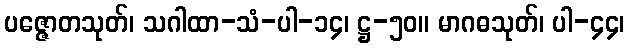
ပဇ္ဇောတသုတ်၊ သဂါထာ-သံ-ပါ-၁၄၊ ဋ္ဌ-၅၀။ မာဂဓသုတ်၊ ပါ-၄၄၊